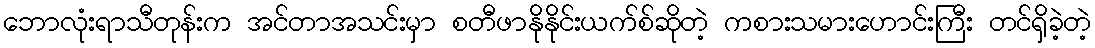
ဘောလုံးရာသီတုန်းက အင်တာအသင်းမှာ စတီဖာနိုနိုင်းယက်စ်ဆိုတဲ့ ကစားသမားဟောင်းကြီး တင်ရှိခဲ့တဲ့